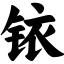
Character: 铱